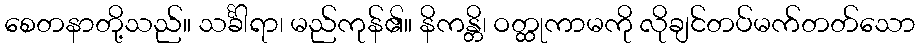
စေတနာတို့သည်။ သင်္ခါရာ၊ မည်ကုန်၏။ နိကန္တိ၊ ဝတ္ထုကာမကို လိုချင်တပ်မက်တတ်သော